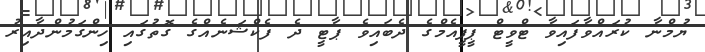
ޔުމްނާ ކުރައްވާފައިވާ ޓްވީޓް ޕީޕީއެމްގެ ދެބައިވެ ޕާޓީ ދެ ފެކްޝަނެއްގެ ގޮތުގައި ހިންގަމުންދާއިރު